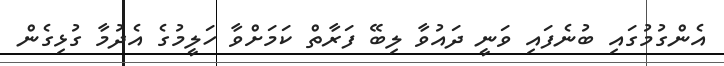
އެންގުމުގައި ބުނެފައި ވަނީ ދައުވާ ލިބޭ ފަރާތް ކަމަށްވާ ހަލީމުގެ އެދުމާ ގުޅިގެން